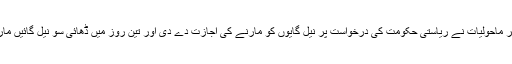
اب مرکزی وزیر ماحولیات نے ریاستی حکومت کی درخواست پر نیل گایوں کو مارنے کی اجازت دے دی اور تین روز میں ڈھائی سو نیل گائیں ماری جا چکی ہیں۔